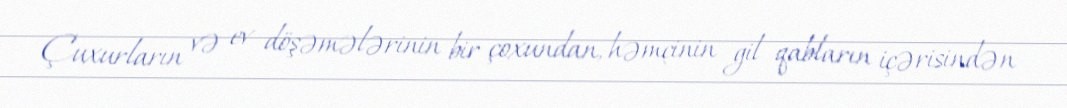
Çuxurların və ev döşəmələrinin bir çoxundan, həmçinin gil qabların içərisindən